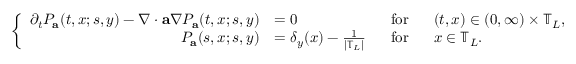
\left\{ \begin{array} { r l r l } { \partial _ { t } P _ { \mathbf { a } } ( t , x ; s , y ) - \nabla \cdot \mathbf { a } \nabla P _ { \mathbf { a } } ( t , x ; s , y ) } & { = 0 } & { ~ ~ \mathrm { f o r } } & { ~ ~ ( t , x ) \in ( 0 , \infty ) \times \mathbb { T } _ { L } , } \\ { P _ { \mathbf { a } } ( s , x ; s , y ) } & { = \delta _ { y } ( x ) - \frac { 1 } { \left| \mathbb { T } _ { L } \right| } } & { ~ ~ \mathrm { f o r } } & { ~ ~ x \in \mathbb { T } _ { L } . } \end{array} \right.